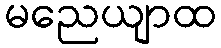
မညေယျာထ